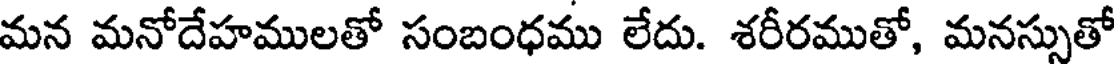
మన మనోదేహములతో సంబంధము లేదు. శరీరముతో, మనస్సుతో